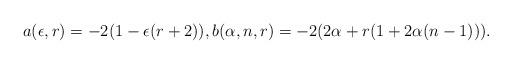
LaTeX: \begin{align*} a(\epsilon, r) = -2(1 - \epsilon(r+2)), b(\alpha, n, r) = -2(2\alpha + r(1 + 2\alpha(n-1))).\end{align*}